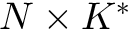
N \times K ^ { * }